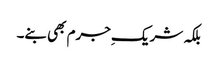
بلکہ شریکِ جرم بھی بنے۔